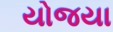
યોજયા